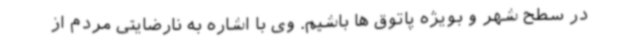
در سطح شهر و بویژه پاتوق ها باشیم. وی با اشاره به نارضایتی مردم از